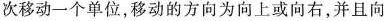
每次移动一个单位，移动的方向为向上或向右，并且向